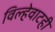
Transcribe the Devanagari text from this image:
विल्हेवाटही